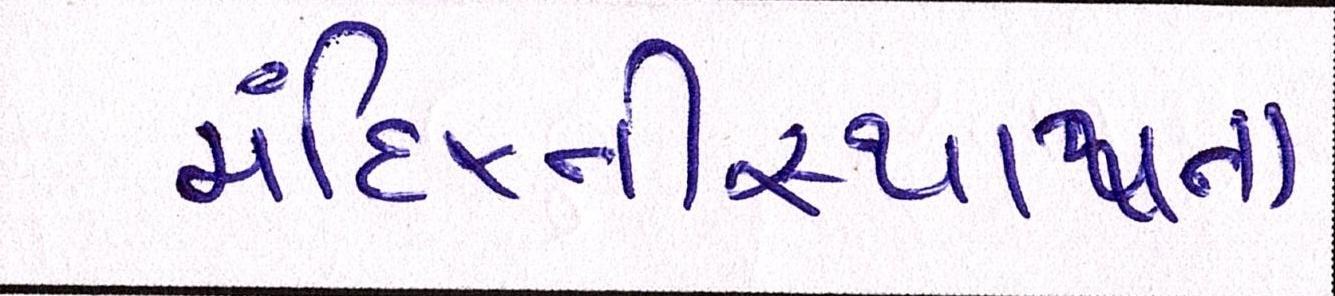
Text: મંદિરનીસ્થાપના